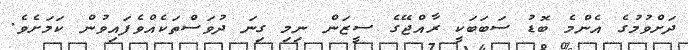
ދަށްވުމުގެ އެންމެ ބޮޑު ސަބަބަކީ ރާއްޖޭގެ ސީޒަން ނިމި ގިނަ ދުވަސްތަކެއްވެފައިވުން ކަމަށެވެ.